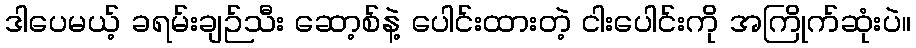
ဒါပေမယ့် ခရမ်းချဉ်သီး ဆော့စ်နဲ့ ပေါင်းထားတဲ့ ငါးပေါင်းကို အကြိုက်ဆုံးပဲ။